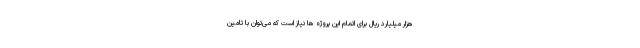
هزار میلیارد ریال برای اتمام این پروژه ها نیاز است که می‌توان با تامین